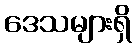
ဒေသများရှိ